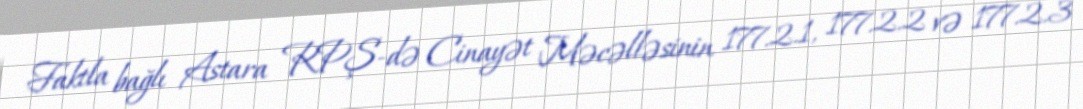
Faktla bağlı Astara RPŞ-də Cinayət Məcəlləsinin 177.2.1, 177.2.2 və 177.2.3